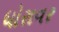
ધોરાવર